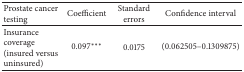
<table><thead><tr><td><b>Prostate cancer testing</b></td><td><b>Coefficient</b></td><td><b>Standard errors</b></td><td><b>Confidence interval</b></td></tr></thead><tbody><tr><td>Insurance coverage (insured versus uninsured)</td><td>0.097<sup><i>∗∗∗</i></sup></td><td>0.0175</td><td>(0.062505–0.1309875)</td></tr></tbody></table>